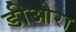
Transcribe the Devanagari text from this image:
डीओरा